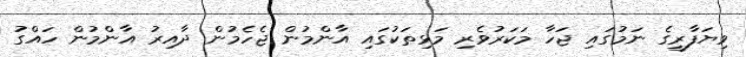
ވިޔަފާރީގެ ނަމުގައި ޖަހާ މަކަރުވެރި މަޅިތަކުގައި އާންމުން ޖެހެމުން ދާއިރު އާންމުން ހައްގު